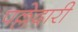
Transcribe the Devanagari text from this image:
पल्लेदारी